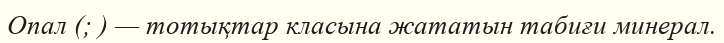
Опал (; ) — тотықтар класына жататын табиғи минерал.